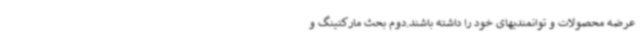
عرضه محصولات و توانمندیهای خود را داشته باشند.دوم بحث مارکتینگ و